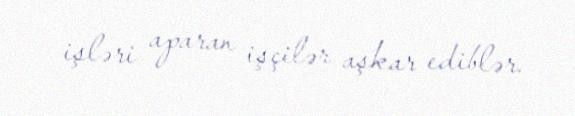
işləri aparan işçilər aşkar ediblər.